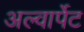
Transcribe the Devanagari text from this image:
अल्वार्पेट